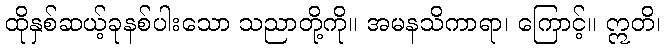
ထိုနှစ်ဆယ့်ခုနစ်ပါးသော သညာတို့ကို။ အမနသိကာရာ၊ ကြောင့်။ ဣတိ၊